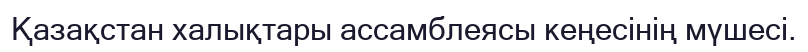
Қазақстан халықтары ассамблеясы кеңесінің мүшесі.